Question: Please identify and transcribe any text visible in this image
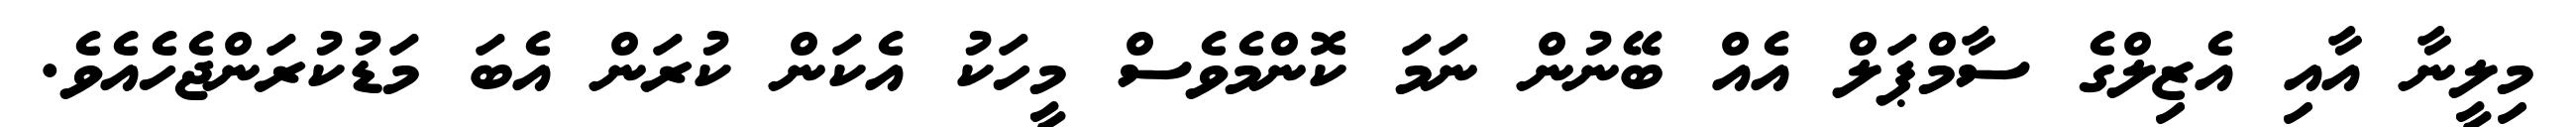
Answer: މިލީނާ އާއި އެޒިލްގެ ސާމްޕަލް އެއް ބޭނުން ނަމަ ކޮންމެވެސް މީހަކު އެކަން ކުރަން އެބަ މަޑުކުރަންޖެހެއެވެ.